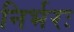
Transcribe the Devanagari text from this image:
निर्भरः